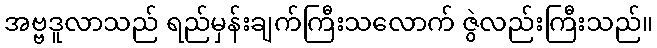
အဗ္ဗဒူလာသည် ရည်မှန်းချက်ကြီးသလောက် ဇွဲလည်းကြီးသည်။